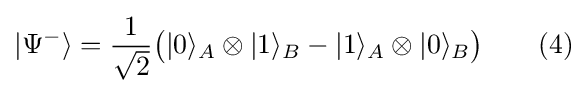
|\Psi ^{-}\rangle ={\frac {1}{\sqrt {2}}}{\big (}|0\rangle _{A}\otimes |1\rangle _{B}-|1\rangle _{A}\otimes |0\rangle _{B}{\big )}\qquad (4)